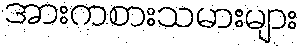
အားကစားသမားများ